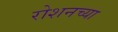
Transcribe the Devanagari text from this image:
रोशनच्या